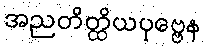
အညတိတ္ထိယပုဗ္ဗေန